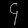
Digit: ၄